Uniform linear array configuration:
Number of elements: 8
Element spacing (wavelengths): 0.75
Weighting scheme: blackman
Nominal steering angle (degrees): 15
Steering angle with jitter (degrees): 15.134
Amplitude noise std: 0.05
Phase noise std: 0.05

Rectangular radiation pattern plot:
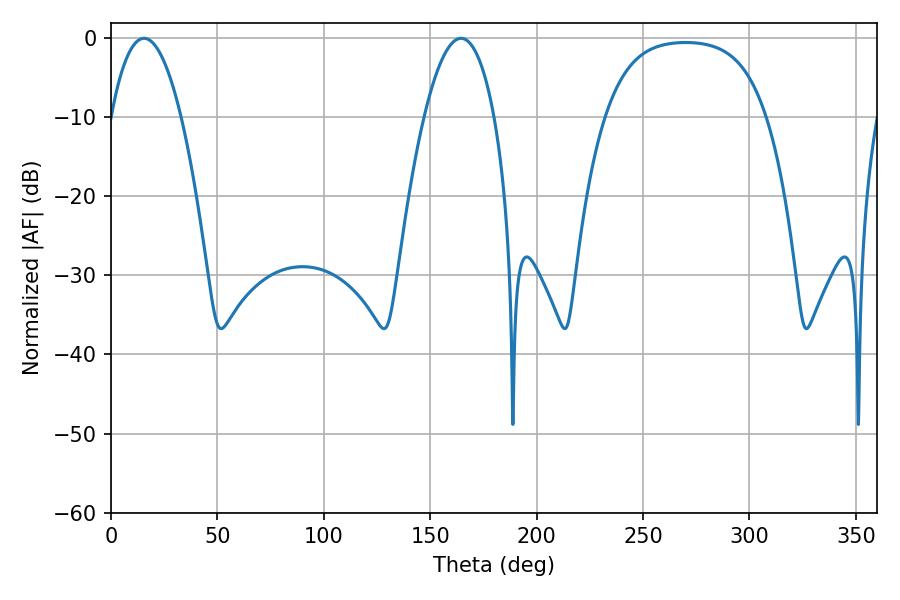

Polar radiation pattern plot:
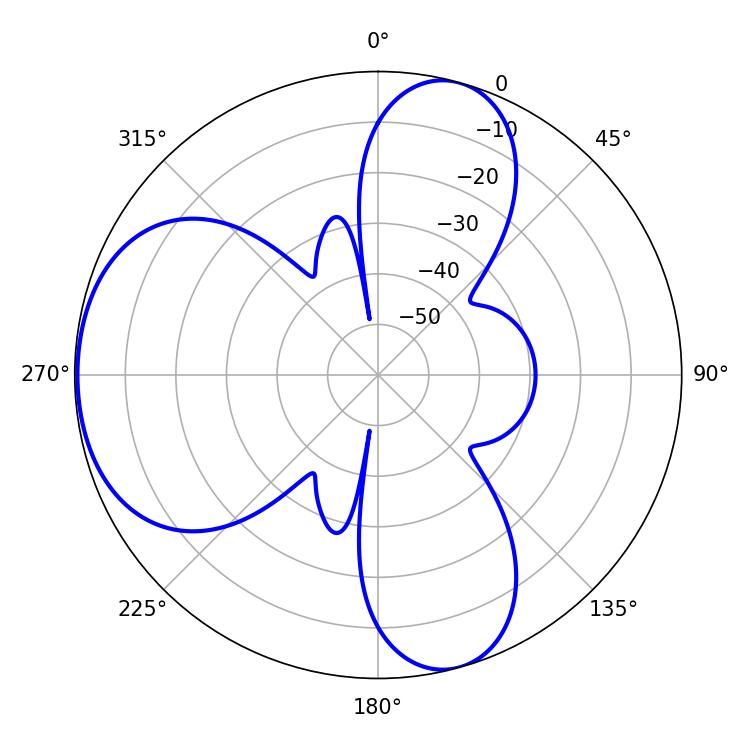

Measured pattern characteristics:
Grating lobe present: TRUE
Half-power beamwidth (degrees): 18.36
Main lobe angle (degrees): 15.48